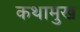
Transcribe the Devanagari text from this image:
कथामुख